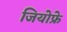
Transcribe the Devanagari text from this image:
जियोफ्रे